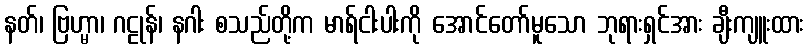
နတ်၊ ဗြဟ္မာ၊ ဂဠုန်၊ နဂါး စသည်တို့က မာရ်ငါးပါးကို အောင်တော်မူသော ဘုရားရှင်အား ချီးကျူးထား